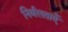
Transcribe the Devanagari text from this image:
निर्बलताएँ